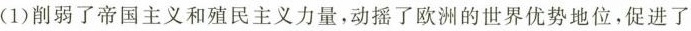
(1)削弱了帝国主义和殖民主义力量，动摇了欧洲的世界优势地位，促进了